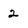
Character: 2